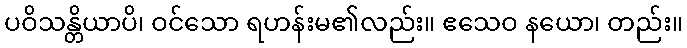
ပဝိသန္တိယာပိ၊ ဝင်သော ရဟန်းမ၏လည်း။ ဧသေဝ နယော၊ တည်း။